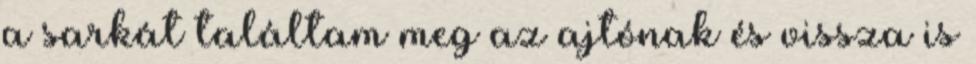
a sarkát találtam meg az ajtónak és vissza is